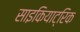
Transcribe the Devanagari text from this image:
साइकियाट्रिक